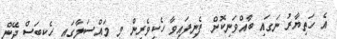
އެ ހަތިޔާރު ނަގައި ބާއްވަނިކޮށް ފެނިފައިވާ ހެކިވެރިން މި މައްސަލާގައި ހެކިބަސް ދޭން